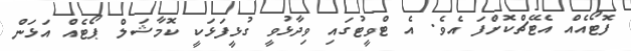
ފޮޓޯއެއް އެޓޭޗްކޮށްފަ އެވެ. އެ ޓްވީޓުގައި ވިދާޅުވީ ގުޅީފަޅަކީ ކޮމާޝަލް ޕޯޓެއް އަޅަން